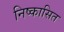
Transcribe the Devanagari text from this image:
निष्कासित